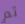
تم